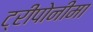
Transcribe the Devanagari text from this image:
ट्रीपोनीमा